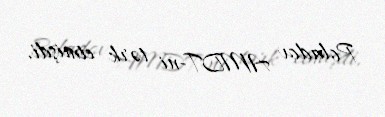
Poladov AMDT-ni tərk etmişdi.